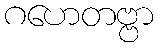
ဂဟေတဗ္ဗာ